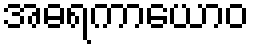
အဓရကာယောဝ